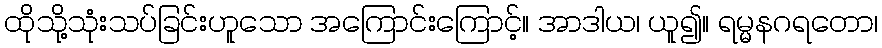
ထိုသို့သုံးသပ်ခြင်းဟူသော အကြောင်းကြောင့်။ အာဒါယ၊ ယူ၍။ ရမ္မနဂရတော၊